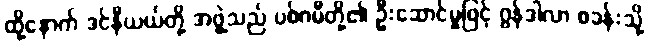
ထို့နောက် ဒင်နီယယ်တို့ အဖွဲ့သည် ပစ်ဂမီတို့၏ ဦးဆောင်မှုဖြင့် ဂွန်ဒါလာ စခန်းသို့